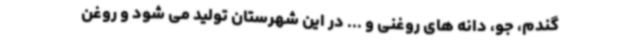
گندم، جو، دانه های روغنی و ... در این شهرستان تولید می شود و روغن